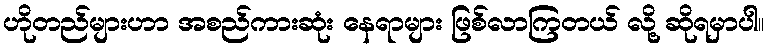
ဟိုတည်များဟာ အစည်ကားဆုံး နေရာများ ဖြစ်လာကြတယ် လို့ ဆိုရမှာပါ။